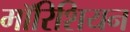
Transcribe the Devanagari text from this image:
मॉरिशियन